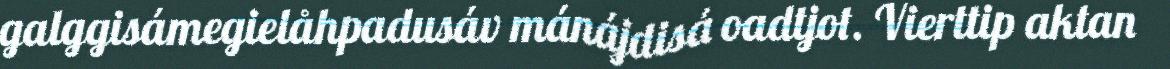
galggisámegielåhpadusáv mánájdisá oadtjot. Vierttip aktan